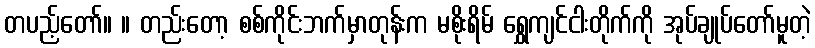
တပည့်တော်။ ။ တည်းတော့ စစ်ကိုင်းဘက်မှာတုန်းက မစိုးရိမ် ရွှေကျင်ငါးတိုက်ကို အုပ်ချုပ်တော်မူတဲ့